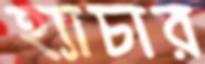
হ্যাচার